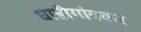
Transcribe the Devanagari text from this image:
घाडीगांवकर